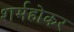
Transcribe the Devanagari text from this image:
शर्महोकर